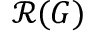
{ \mathcal { R } } ( G )